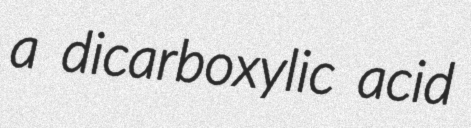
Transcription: a dicarboxylic acid